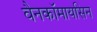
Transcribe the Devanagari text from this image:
वैनकॉमायसिन